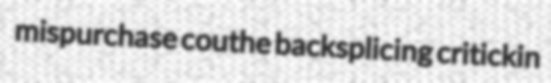
mispurchase couthe backsplicing critickin